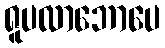
ရူပလာဘောပေ